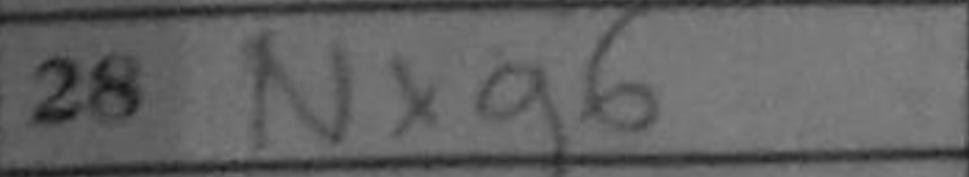
Transcription: Nxg6